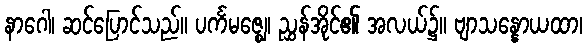
နာဂေါ၊ ဆင်ပြောင်သည်။ ပင်္ကမဇ္ဈေ၊ ညွှန်အိုင်၏ အလယ်၌။ ဗျာသန္နောယထာ၊